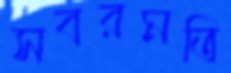
সবরমতি